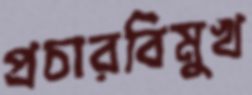
প্রচারবিমুখ